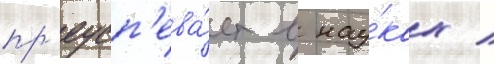
пр'еусп'ева́ет в нау́ках /